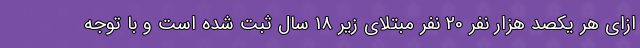
ازای هر یکصد هزار نفر 20 نفر مبتلای زیر 18 سال ثبت شده است و با توجه